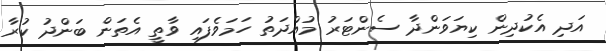
އަދި އެކުދިން ކިޔަވަންދާ ސެންޓަރު މުއްދަތު ހަމަވެފައި ވާތީ އެތަން ބަންދު ކުރާ